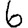
Digit: 6